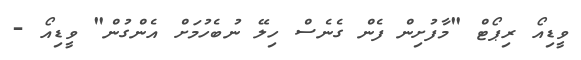
ވީޑިއޯ ރިޕޯޓް "މާފުށިން ފެން ގެނެސް ހިލޭ ނުބެހުމަށް އެންގުން" ވީޑިއޯ -